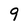
Character: 9